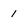
Character: 1